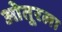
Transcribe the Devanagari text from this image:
ओतूरला